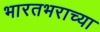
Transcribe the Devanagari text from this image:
भारतभराच्‍या